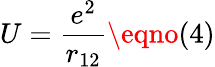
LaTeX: U=\frac{e^{2}}{r_{12}}\eqno(4)